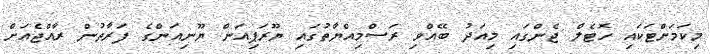
މިކަމަށްޓަކައި ހޮޓެލް ޖެންގައި މިއަދު ބޭއްވި ރަސްމިއްޔާތުގައި ޔޫރަޕިއަން ޔޫނިއަންގެ ފަރާތުން ރާއްޖެއަށް